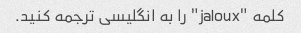
کلمه "jaloux" را به انگلیسی ترجمه کنید.